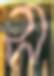
স